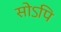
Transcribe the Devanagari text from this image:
सोऽपि